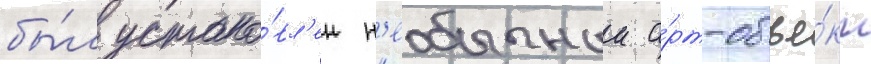
бы́л устано́вл'ен н'еобычныи а́рт-объе́кт